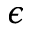
\epsilon